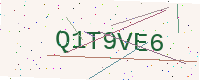
Text: Q1T9VE6